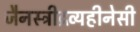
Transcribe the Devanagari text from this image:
जैनस्त्रीद्रव्यहीनेसी